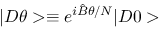
| D \theta > \equiv e ^ { i \hat { B } \theta / N } | D 0 >